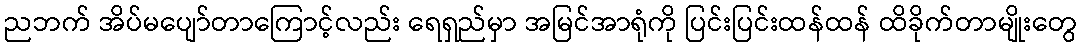
ညဘက် အိပ်မပျော်တာကြောင့်လည်း ရေရှည်မှာ အမြင်အာရုံကို ပြင်းပြင်းထန်ထန် ထိခိုက်တာမျိုးတွေ